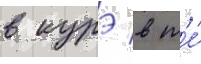
в курэ в т'е́